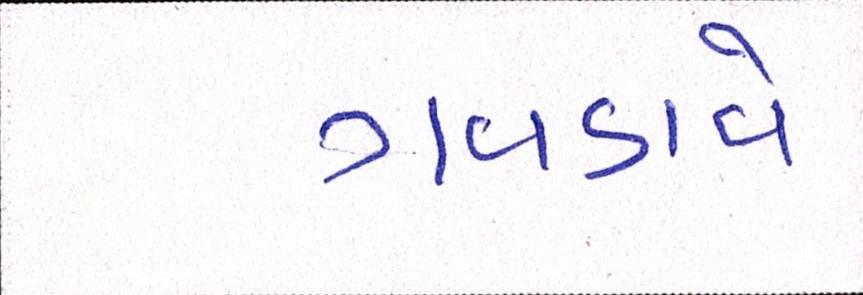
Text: ગવડાવે